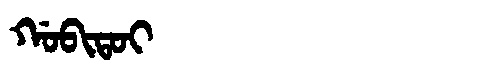
Manchu: ᡤᠣᠪᡳᡨᠣᡳ
Romanization: GOBITOI